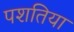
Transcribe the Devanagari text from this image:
पशतिया